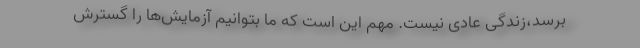
برسد،‌زندگی عادی نیست. مهم این است که ما بتوانیم آزمایش‌ها را گسترش